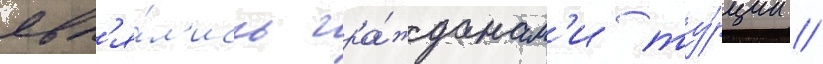
явл'я́л'ись гра́жданам'и ту́рции //